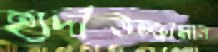
হাদীউজ্জামান